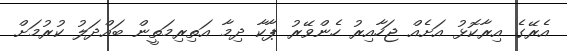
އެރޭގެ އިރާކޮޅު އަށެއް ޖަހާއިރު ހެންވޭރު ޕާކާ ދިމާ އަތިރިމަތީން ބައްދަލު ކުރުމަށް